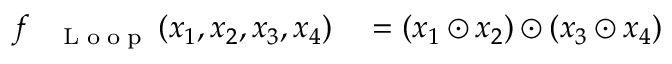
\begin{array} { r l } { f _ { \mathrm { ~ \tiny ~ \textnormal ~ { ~ L ~ o ~ o ~ p ~ } ~ } } ( x _ { 1 } , x _ { 2 } , x _ { 3 } , x _ { 4 } ) } & { { } = ( x _ { 1 } \odot x _ { 2 } ) \odot ( x _ { 3 } \odot x _ { 4 } ) } \end{array}